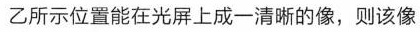
乙所示位置能在光屏上成一清晰的像，则该像